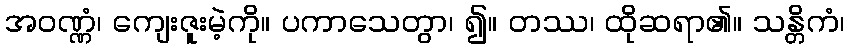
အဝဏ္ဏံ၊ ကျေးဇူးမဲ့ကို။ ပကာသေတွာ၊ ၍။ တဿ၊ ထိုဆရာ၏။ သန္တိကံ၊